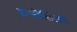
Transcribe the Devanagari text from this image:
इन्फॊसिसचे